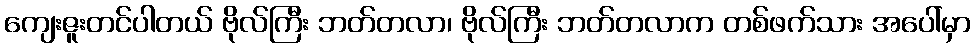
ကျေးဇူးတင်ပါတယ် ဗိုလ်ကြီး ဘတ်တလာ၊ ဗိုလ်ကြီး ဘတ်တလာက တစ်ဖက်သား အပေါ်မှာ